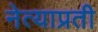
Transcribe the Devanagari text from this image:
नेत्याप्रती